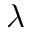
\lambda